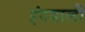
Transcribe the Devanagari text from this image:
इंदवाली